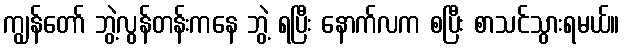
ကျွန်တော် ဘွဲ့လွန်တန်းကနေ ဘွဲ့ ရပြီး နောက်လက စပြီး စာသင်သွားရမယ်။